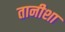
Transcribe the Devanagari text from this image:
तानीशा